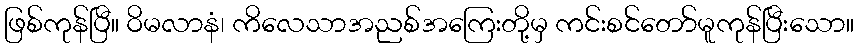
ဖြစ်ကုန်ပြီ။ ဝိမလာနံ၊ ကိလေသာအညစ်အကြေးတို့မှ ကင်းစင်တော်မူကုန်ပြီးသော။